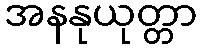
အနနုယုတ္တာ